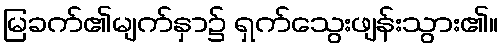
မြခက်၏မျက်နှာ၌ ရှက်သွေးဖျန်းသွား၏။